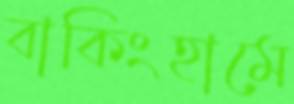
বাকিংহামে